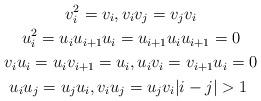
LaTeX: \begin{gather*}v_{i}^{2} =v_{i},v_{i}v_{j}=v_{j}v_{i} \\u_{i}^{2} =u_{i}u_{i+1}u_{i}=u_{i+1}u_{i}u_{i+1}=0 \\v_{i}u_{i} =u_{i}v_{i+1}=u_{i},u_{i}v_{i}=v_{i+1}u_{i}=0 \\u_{i}u_{j} =u_{j}u_{i},v_{i}u_{j}=u_{j}v_{i}|i-j|>1\;\end{gather*}